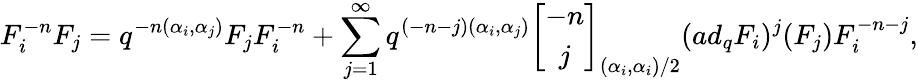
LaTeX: F_{i}^{-n}F_{j}=q^{-n(\alpha_{i},\alpha_{j})}F_{j}F_{i}^{-n}+\sum_{j=1}^{\infty}q^{(-n-j)(\alpha_{i},\alpha_{j})}\left[\begin{array}{c}{{-n}}\\ {{j}}\end{array}\right]_{(\alpha_{i},\alpha_{i})/2}(ad_{q}F_{i})^{j}(F_{j})F_{i}^{-n-j},